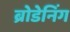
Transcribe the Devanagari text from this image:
ब्रोडेनिंग